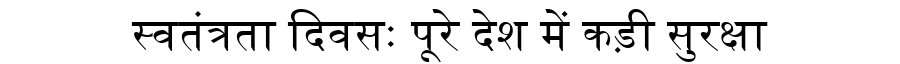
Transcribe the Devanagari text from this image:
स्वतंत्रता दिवसः पूरे देश में कड़ी सुरक्षा